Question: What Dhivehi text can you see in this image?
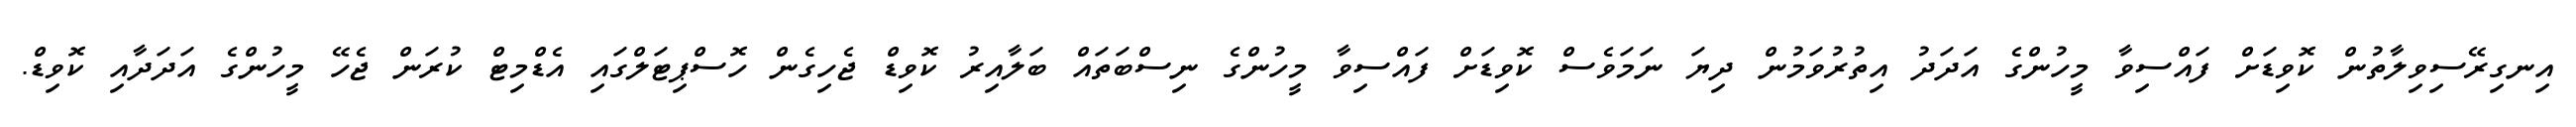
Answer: އިނގިރޭސިވިލާތުން ކޮވިޑަށް ފައްސިވާ މީހުންގެ އަދަދު އިތުރުވަމުން ދިޔަ ނަމަވެސް ކޮވިޑަށް ފައްސިވާ މީހުންގެ ނިސްބަތައް ބަލާއިރު ކޮވިޑް ޖެހިގެން ހޮސްޕިޓަލްގައި އެޑްމިޓް ކުރަން ޖެހޭ މީހުންގެ އަދަދާއި ކޮވިޑް.